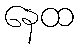
နေထ